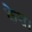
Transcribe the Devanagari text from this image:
केश।